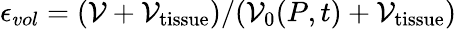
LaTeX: \epsilon_{vol}=(\mathcal{V}+\mathcal{V}_{\mathrm{{tissue}}})/(\mathcal{V}_{\mathrm{{0}}}(P,t)+\mathcal{V}_{\mathrm{{tissue}}})